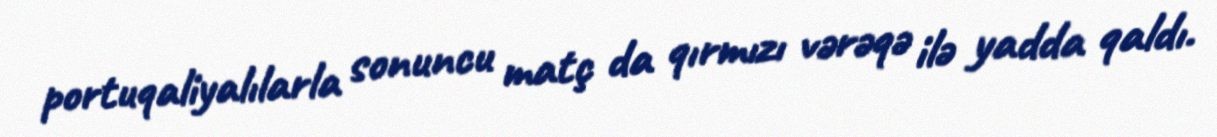
portuqaliyalılarla sonuncu matç da qırmızı vərəqə ilə yadda qaldı.